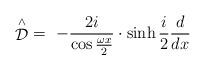
LaTeX: \begin{align*}\stackrel{\wedge }{\cal D}\ =\ -\frac{2i}{\cos \frac{\omega x}2}\cdot \sinh {}\frac i2\frac d{dx}\end{align*}